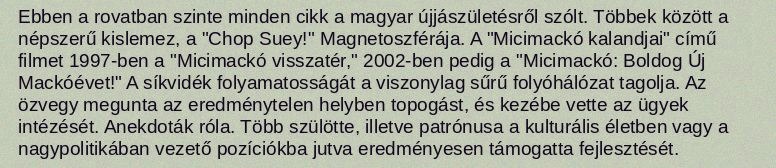
Ebben a rovatban szinte minden cikk a magyar újjászületésről szólt. Többek között a népszerű kislemez, a "Chop Suey!" Magnetoszférája. A "Micimackó kalandjai" című filmet 1997-ben a "Micimackó visszatér," 2002-ben pedig a "Micimackó: Boldog Új Mackóévet!" A síkvidék folyamatosságát a viszonylag sűrű folyóhálózat tagolja. Az özvegy megunta az eredménytelen helyben topogást, és kezébe vette az ügyek intézését. Anekdoták róla. Több szülötte, illetve patrónusa a kulturális életben vagy a nagypolitikában vezető pozíciókba jutva eredményesen támogatta fejlesztését.